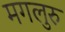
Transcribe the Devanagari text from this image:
मगलुरु